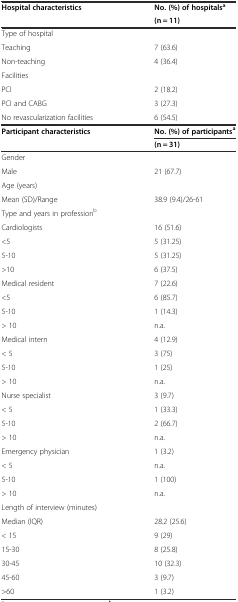
<table><thead><tr><td rowspan="2"><b>Hospital characteristics</b></td><td><b>No. (%) of hospitals<sup>a</sup></b></td></tr><tr><td><b>(n = 11)</b></td></tr></thead><tbody><tr><td>Type of hospital</td><td></td></tr><tr><td>Teaching</td><td>7 (63.6)</td></tr><tr><td>Non-teaching</td><td>4 (36.4)</td></tr><tr><td>Facilities</td><td></td></tr><tr><td>PCI</td><td>2 (18.2)</td></tr><tr><td>PCI and CABG</td><td>3 (27.3)</td></tr><tr><td>No revascularization facilities</td><td>6 (54.5)</td></tr><tr><td rowspan="2"><b>Participant characteristics</b></td><td><b>No. (%) of participants</b><sup><b>a</b></sup></td></tr><tr><td><b>(n = 31)</b></td></tr><tr><td>Gender</td><td></td></tr><tr><td>Male</td><td>21 (67.7)</td></tr><tr><td>Age (years)</td><td></td></tr><tr><td>Mean (SD)/Range</td><td>38.9 (9.4)/26-61</td></tr><tr><td>Type and years in profession<sup>b</sup></td><td></td></tr><tr><td>Cardiologists</td><td>16 (51.6)</td></tr><tr><td>&lt;5</td><td>5 (31.25)</td></tr><tr><td>5-10</td><td>5 (31.25)</td></tr><tr><td>&gt;10</td><td>6 (37.5)</td></tr><tr><td>Medical resident</td><td>7 (22.6)</td></tr><tr><td>&lt;5</td><td>6 (85.7)</td></tr><tr><td>5-10</td><td>1 (14.3)</td></tr><tr><td>&gt; 10</td><td>n.a.</td></tr><tr><td>Medical intern</td><td>4 (12.9)</td></tr><tr><td>&lt; 5</td><td>3 (75)</td></tr><tr><td>5-10</td><td>1 (25)</td></tr><tr><td>&gt; 10</td><td>n.a.</td></tr><tr><td>Nurse specialist</td><td>3 (9.7)</td></tr><tr><td>&lt; 5</td><td>1 (33.3)</td></tr><tr><td>5-10</td><td>2 (66.7)</td></tr><tr><td>&gt; 10</td><td>n.a.</td></tr><tr><td>Emergency physician</td><td>1 (3.2)</td></tr><tr><td>&lt; 5</td><td>n.a.</td></tr><tr><td>5-10</td><td>1 (100)</td></tr><tr><td>&gt; 10</td><td>n.a.</td></tr><tr><td>Length of interview (minutes)</td><td></td></tr><tr><td>Median (IQR)</td><td>28.2 (25.6)</td></tr><tr><td>&lt; 15</td><td>9 (29)</td></tr><tr><td>15-30</td><td>8 (25.8)</td></tr><tr><td>30-45</td><td>10 (32.3)</td></tr><tr><td>45-60</td><td>3 (9.7)</td></tr><tr><td>&gt;60</td><td>1 (3.2)</td></tr></tbody></table>